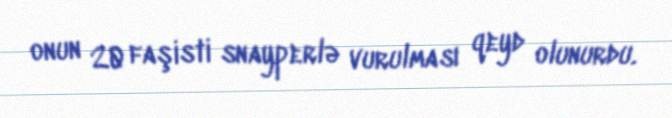
onun 20 faşisti snayperlə vurulması qeyd olunurdu.